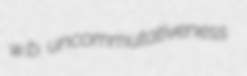
w.b. uncommutativeness